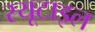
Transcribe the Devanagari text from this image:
रयूटाइल